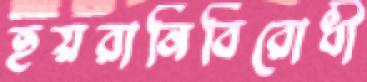
হয়রানিবিরোধী